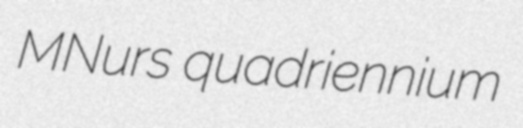
MNurs quadriennium